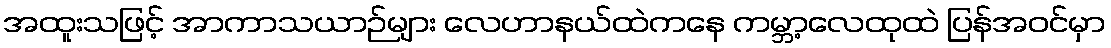
အထူးသဖြင့် အာကာသယာဉ်များ လေဟာနယ်ထဲကနေ ကမ္ဘာ့လေထုထဲ ပြန်အဝင်မှာ